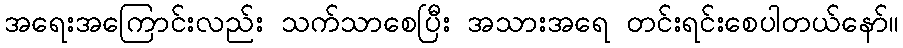
အရေးအကြောင်းလည်း သက်သာစေပြီး အသားအရေ တင်းရင်းစေပါတယ်နော်။